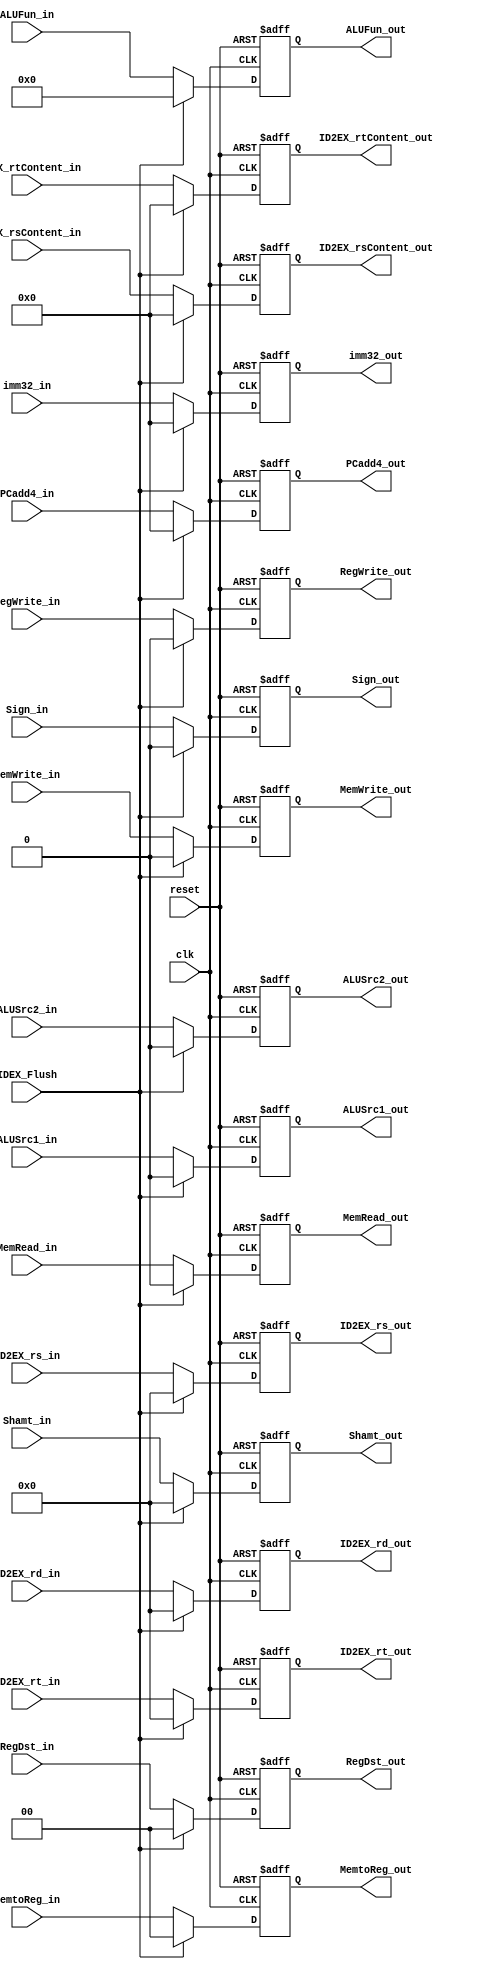
`timescale 1ns/1ns

module IDtoEX(clk,reset,IDEX_Flush,PCadd4_in,PCadd4_out,
              RegDst_in,ALUSrc1_in,ALUSrc2_in,Sign_in,ALUFun_in,    //EX
              MemRead_in,MemWrite_in,                               //MEM
              MemtoReg_in,RegWrite_in,                              //WB
              ID2EX_rsContent_in,ID2EX_rtContent_in,ID2EX_rs_in,ID2EX_rt_in,ID2EX_rd_in,Shamt_in,imm32_in,
              RegDst_out,ALUSrc1_out,ALUSrc2_out,Sign_out,ALUFun_out,    //EX
              MemRead_out,MemWrite_out,                               //MEM
              MemtoReg_out,RegWrite_out,                              //WB 
              ID2EX_rsContent_out,ID2EX_rtContent_out,ID2EX_rs_out,ID2EX_rt_out,ID2EX_rd_out,Shamt_out,imm32_out);
input clk,reset,IDEX_Flush;
input ALUSrc1_in,ALUSrc2_in,Sign_in,MemRead_in,MemWrite_in,RegWrite_in;
input [1:0] RegDst_in,MemtoReg_in;
input [5:0] ALUFun_in;
input [31:0] ID2EX_rsContent_in,ID2EX_rtContent_in,imm32_in,PCadd4_in;
input [4:0] ID2EX_rs_in,ID2EX_rt_in,ID2EX_rd_in,Shamt_in;

output reg ALUSrc1_out,ALUSrc2_out,Sign_out,MemRead_out,MemWrite_out,RegWrite_out;
output reg [1:0] RegDst_out,MemtoReg_out;
output reg [4:0] ID2EX_rs_out,ID2EX_rt_out,ID2EX_rd_out,Shamt_out;
output reg [5:0] ALUFun_out;
output reg [31:0] ID2EX_rsContent_out,ID2EX_rtContent_out,imm32_out,PCadd4_out;

always @(posedge clk or negedge reset)
begin
  if(~reset)
  begin
    ALUSrc1_out<=1'b0;
    ALUSrc2_out<=1'b0;
    Sign_out<=1'b0;
    MemRead_out<=1'b0;
    MemWrite_out<=1'b0;
    RegWrite_out<=1'b0;
    RegDst_out<=2'b00;
    MemtoReg_out<=2'b00;
    ID2EX_rs_out<=5'b00000;
    ID2EX_rt_out<=5'b00000;
    ID2EX_rd_out<=5'b00000;
    ALUFun_out<=6'b000000;
    Shamt_out<=5'b00000;
    ID2EX_rsContent_out<=32'h00000000;
    ID2EX_rtContent_out<=32'h00000000;
    imm32_out<=32'h00000000;
    PCadd4_out<=32'h00000000;
  end
  else if(IDEX_Flush)
  begin
    ALUSrc1_out<=1'b0;
    ALUSrc2_out<=1'b0;
    Sign_out<=1'b0;
    MemRead_out<=1'b0;
    MemWrite_out<=1'b0;
    RegWrite_out<=1'b0;
    RegDst_out<=2'b00;
    MemtoReg_out<=2'b00;
    ID2EX_rs_out<=5'b00000;
    ID2EX_rt_out<=5'b00000;
    ID2EX_rd_out<=5'b00000;
    Shamt_out<=5'b00000;
    ALUFun_out<=6'b000000;
    ID2EX_rsContent_out<=32'h00000000;
    ID2EX_rtContent_out<=32'h00000000;
    imm32_out<=32'h00000000;
    PCadd4_out<=32'h00000000;    
  end
  else
  begin
    ALUSrc1_out<=ALUSrc1_in;
    ALUSrc2_out<=ALUSrc2_in;
    Sign_out<=Sign_in;
    MemRead_out<=MemRead_in;
    MemWrite_out<=MemWrite_in;
    RegWrite_out<=RegWrite_in;
    RegDst_out<=RegDst_in;
    MemtoReg_out<=MemtoReg_in;
    ID2EX_rs_out<=ID2EX_rs_in;
    ID2EX_rt_out<=ID2EX_rt_in;
    ID2EX_rd_out<=ID2EX_rd_in;
    Shamt_out<=Shamt_in;
    ALUFun_out<=ALUFun_in;
    ID2EX_rsContent_out<=ID2EX_rsContent_in;
    ID2EX_rtContent_out<=ID2EX_rtContent_in;
    imm32_out<=imm32_in;
    PCadd4_out<=PCadd4_in;
  end
end

endmodule